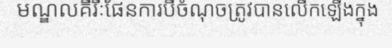
មណ្ឌលគីរីៈផែនការបីចំណុចត្រូវបានលើកឡើងក្នុង